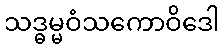
သဒ္ဓမ္မဝံသကောဝိဒေါ